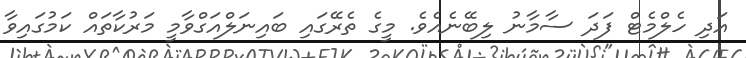
އަދި ހެލްމެޓް ފަދަ ސާމާނު ލިބޭނެއެވެ. މީގެ ތެރޭގައި ބައިނަލްއަގްވާމީ މަރުކާތައް ކަމުގައިވާ